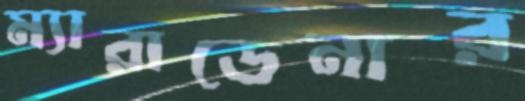
ম্যারাডেনার